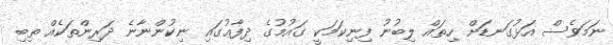
ނަމަވެސް އަޅުގަނޑަށް ހިތައް ލިބުނު ފިނިކަމަކީ ގައުމުގެ ދިފާޢުގައި ނިކުންނާނެ ދަރިންތަކެއް ތިބި